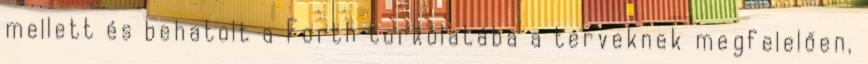
mellett és behatolt a Forth torkolatába a terveknek megfelelően,